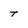
Character: T